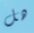
هل